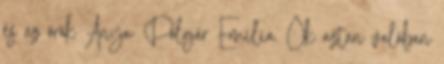
és az örök Anya: Polgár Emília. Ők aztán valóban